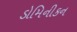
ડોમિનીકન